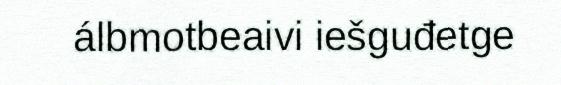
álbmotbeaivi iešguđetge